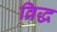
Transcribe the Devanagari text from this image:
व्रिद्ध